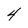
Character: 4